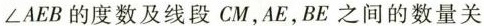
∠AEB的度数及线段CM，AE，BE之间的数量关